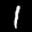
Label: 1